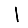
Digit: 1